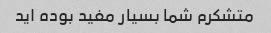
متشکرم شما بسیار مفید بوده اید